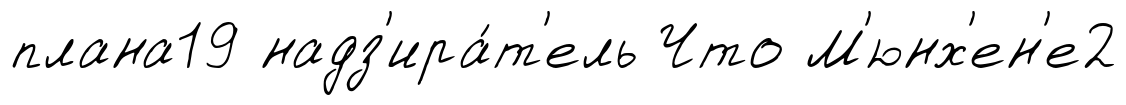
плана19 надз'ира́т'ель Что М'юнх'ен'е2